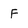
Character: F